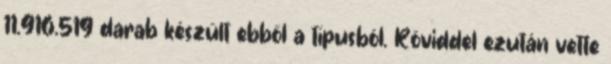
11.916.519 darab készült ebből a típusból. Röviddel ezután vette